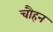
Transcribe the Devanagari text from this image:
चौहन